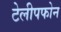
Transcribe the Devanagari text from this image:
टेलीपफोन